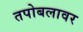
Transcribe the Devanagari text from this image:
तपोबलावर